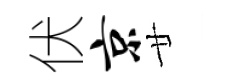
伏京廿